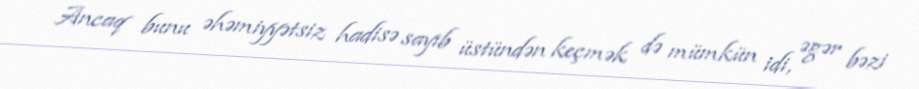
Ancaq bunu əhəmiyyətsiz hadisə sayıb üstündən keçmək də mümkün idi, əgər bəzi